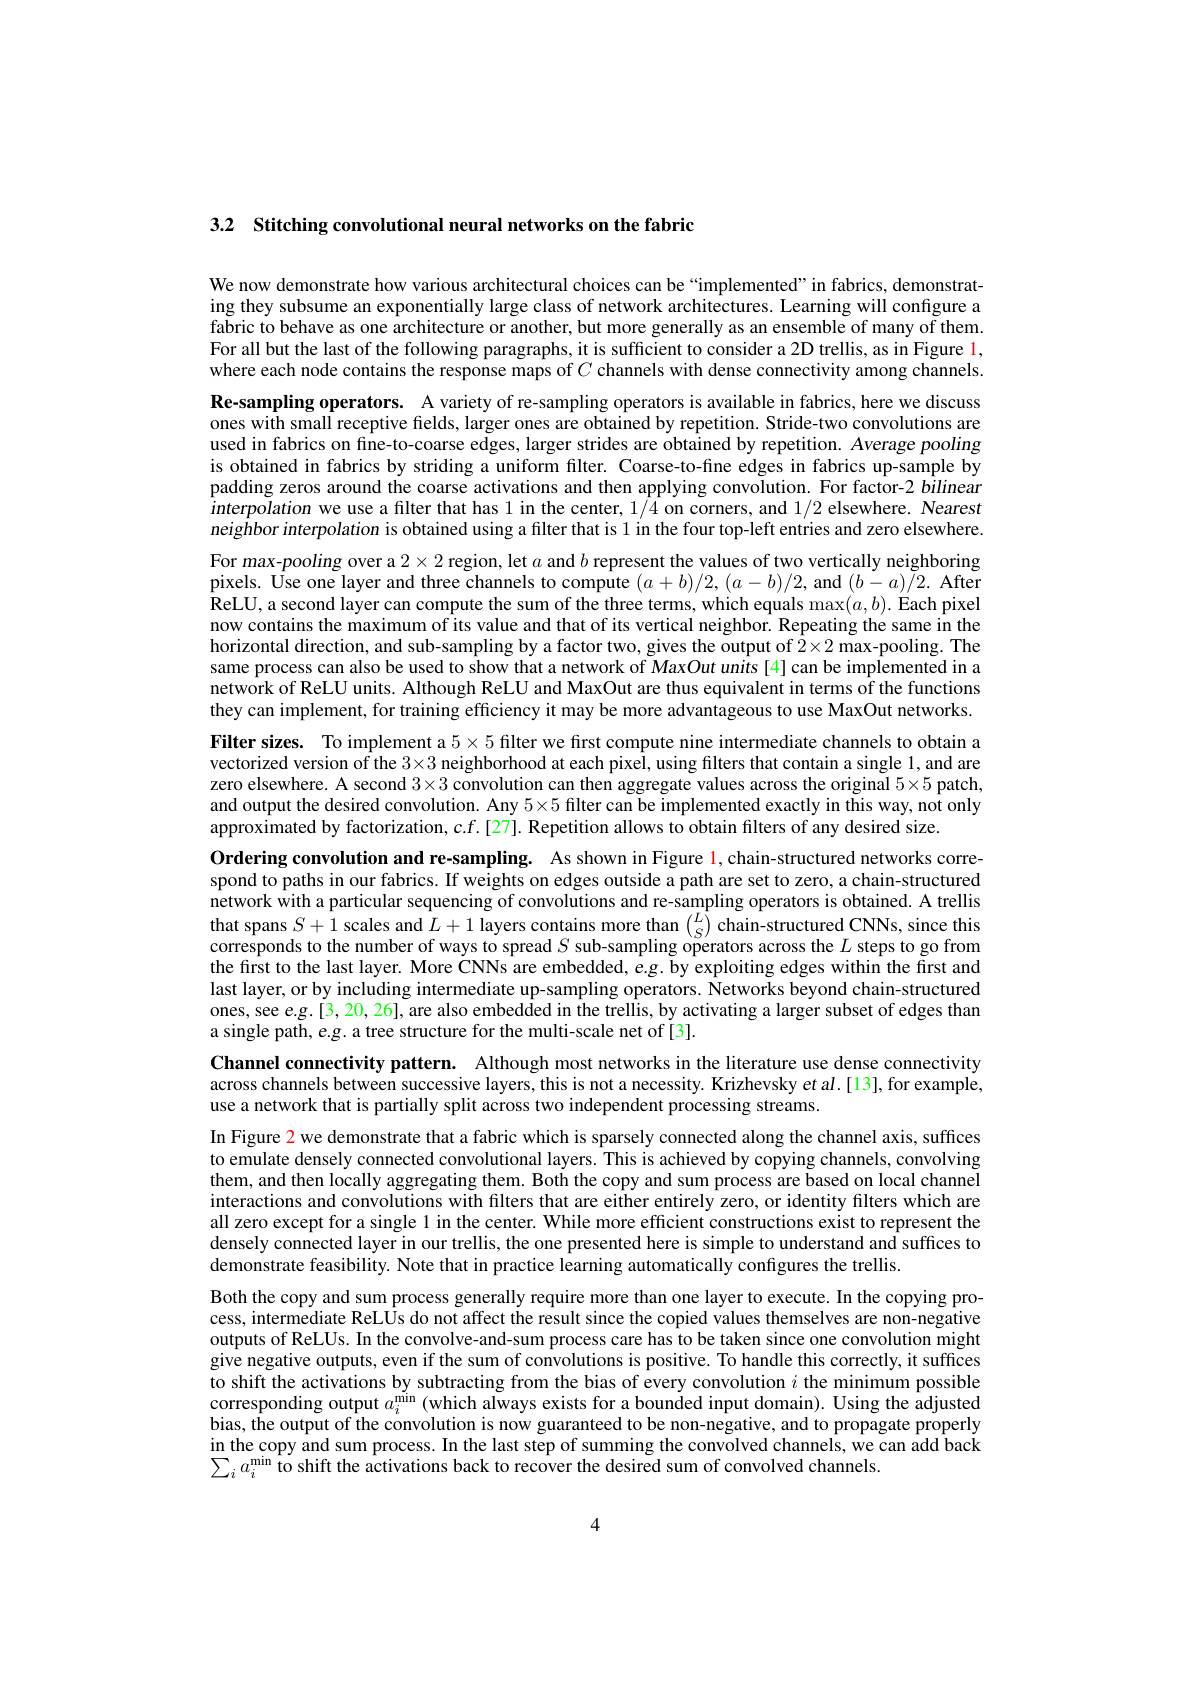
3.2 Stitching convolutional neural networks on the fabric

We now demonstrate how various architectural choices can be “implemented”in fabrics, demonstrating they subsume an exponentially large class of network architectures. Learning will configure a fabric to behave as one architecture or another, but more generally as an ensemble of many of them. For all but the last of the following paragraphs, it is sufficient to consider a 2D trellis, as in Figure 1, where each node contains the response maps of $C$ channels with dense connectivity among channels. Re-sampling operators. A variety of re-sampling operators is available in fabrics, here we discuss ones with small receptive fields, larger ones are obtained by repetition. Stride-two convolutions are used in fabrics on fine-to-coarse edges, larger strides are obtained by repetition. Average pooling is obtained in fabrics by striding a uniform filter. Coarse-to-fine edges in fabrics up-sample by padding zeros around the coarse activations and then applying convolution. For factor-2 bilinear interpolation we use a filter that has 1 in the center, 1/4 on corners, and 1/2 elsewhere. Nearest neighbor interpolation is obtained using a filter that is 1 in the four top-left entries and zero elsewhere. For max-pooling over a $2\times2$ region, let $a$ and $b$ represent the values of two vertically neighboring pixels. Use one layer and three channels to compute $(a+b)/2,(a-b)/2$, and $(b-a)/2.$ After ReLU, a second layer can compute the sum of the three terms, which equals $\max(a,b).$ Each pixel now contains the maximum of its value and that of its vertical neighbor. Repeating the same in the horizontal direction, and sub-sampling by a factor two, gives the output of $2\times2$ max-pooling. The same process can also be used to show that a network of MaxOut units [4] can be implemented in a network of ReLU units. Although ReLU and MaxOut are thus equivalent in terms of the functions they can implement, for training efficiency it may be more advantageous to use MaxOut networks. Filter sizes. To implement a $5\times5$ filter we first compute nine intermediate channels to obtain a vectorized version of the $3\times3$ neighborhood at each pixel, using filters that contain a single 1, and ared vectorized version of the $3\times3$ neighborhood at each pixel, using filters that contain a single. 1, and are zero elsewhere. A second $3\times3$ convolution can then aggregate values across the original $5\times5$ patch, and output the desired convolution. Any $5\times5$ filter can be implemented exactly in this way, not only approximated by factorization, c.f.[27]. Repetition allows to obtain filters of any desired size.
Ordering convolution and re-sampling. As shown in Figure $\color{red}{1,\text{chain-structured networks corre-}}$ spond to paths in our fabrics. If weights on edges outside a path are set to zero, a chain-structured network with a particular sequencing of convolutions and re-sampling operators is obtained. A trellis that spans $S+1$ scales and $L+1$ layers contains more than $\binom LS$ chain-structured CNNs, since this corresponds to the number of ways to spread $S$ sub-sampling operators across the $L$ steps to go from the first to the last layer. More CNNs are embedded, e.g. by exploiting edges within the first and last layer, or by including intermediate up-sampling operators. Networks beyond chain-structured ones, see e.g.[3, 20, 26], are also embedded in the trellis, by activating a larger subset of edges than a single path, e.g. a tree structure for the multi-scale net of[3].
Channel connectivity pattern. Although most networks in the literature use dense connectivity across channels between successive layers, this is not a necessity. Krizhevsky et al.[13], for example, use a network that is partially split across two independent processing streams.
In Figure 2 we demonstrate that a fabric which is sparsely connected along the channel axis, suffices to emulate densely connected convolutional layers. This is achieved by copying channels, convolving them, and then locally aggregating them. Both the copy and sum process are based on local channel interactions and convolutions with filters that are either entirely zero, or identity filters which are all zero except for a single l in the center. While more efficient constructions exist to represent the densely connected layer in our trellis, the one presented here is simple to understand and suffices to demonstrate feasibility. Note that in practice learning automatically configures the trellis.
Both the copy and sum process generally require more than one layer to execute. In the copying process, intermediate ReLÛs do not affect the result since the copied values themselves are non-negative outputs of ReLUs. In the convolve-and-sum process care has to be taken since one convolution might give negative outputs, even if the sum of convolutions is positive. To handle this correctly, it suffices to shift the activations by subtracting from the bias of every convolution $i$ the minimum possible corresponding output $a_i^\mathrm{min}$ (which always exists for a bounded input domain). Using the adjusted bias, the output of the convolution is now guaranteed to be non-negative, and to propagate properly in the copy and sum process. In the last step of summing the convolved channels, we can add back $\sum_{i}a_{i}^{\mathrm{min}}\hat{\text{to shift the activations back to recover the desired sum of convolved channels.}}$

4